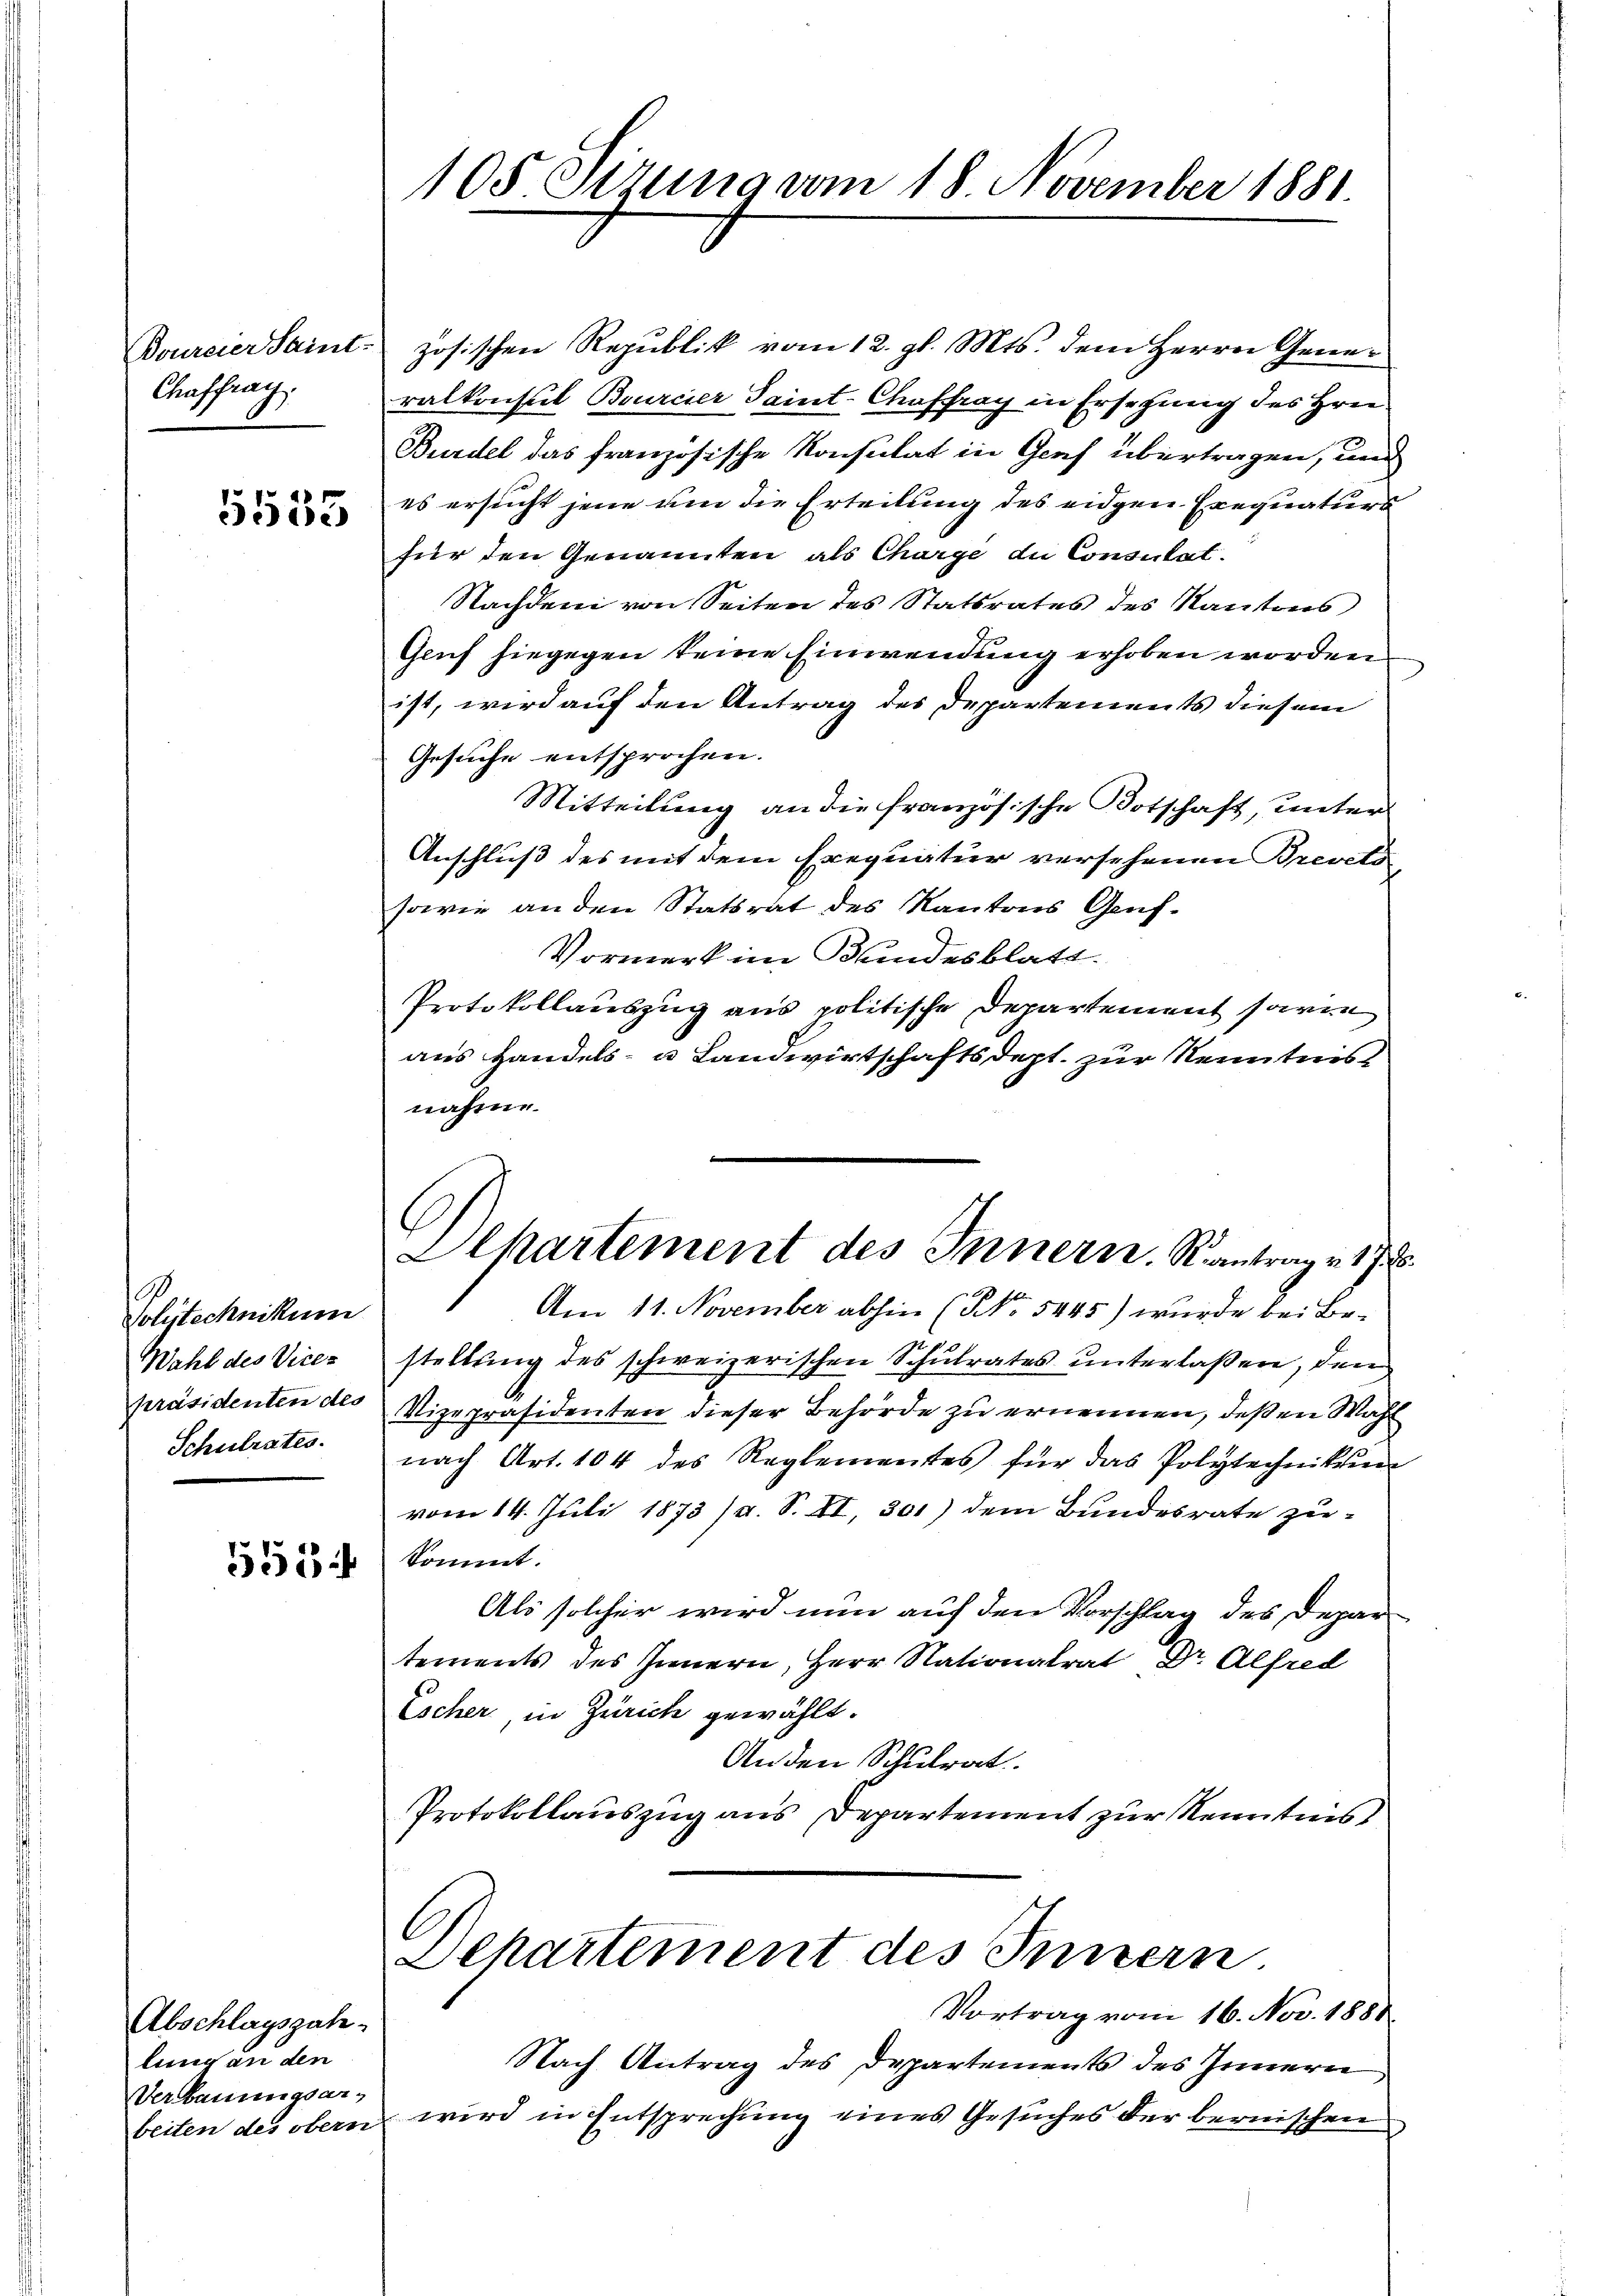
Boureier Saint-
Chaffrag

5553

Polytechnikum
Wahl des Vice-
präsidenten des
Schulrates.

5554

Abschlagszah-
lung an den
Verbauungsar¬

105 Stzung am 18. November 1881.

zösischen Republik vom 12. gl. Mts. dem Herrn Generalkonsul Bourcier Saint-Chaffray in Ersetzung des Hrn.
Burdel das französische Konsulat in Genf übertragen, und
es ersucht jene um die Erteilung des eidgen Exequaturs
für den Genannten als Charge du Consulat.
Nachdem von Seiten des Statsrates des Rautens
Gluf hiegegen keine Einwendung erhoben worden
ist, wird auf den Antrag des Departements diesem
Gesuche entsprochen.
Mitteilung an die französische Botschaft, unter
Anschluß des mit dem Exequatur versehenen Brevets
sowie an den Statsrat des Kantons Genf.
Vormerk im Bundesblatt.
Protokollauszug aus politische Departement sagen
aus Handels- u Landwirtschaftsdept. zur Kenntnis
nahme.
Am 11. November abhin (No 5445) wurde bei Be-
stellung des schweizerischen Schulrates unterlaßen, den
Vizepräsidenten dieser Behörde zu ernennen, deßen Wahl
nach Art. 104 des Reglementes für das Polytechnikum
vom 14. Juli 1873 /d. S. XI, 301) dem Bundesrate zukommt.
Als solcher wird nun auf den Vorschlag des Departements des Innern, Herr Nationalrat Dr. Alfred
Escher, in Zürich gewählt.
Anden Schulrat
Protokollauszug aus Departement zur Kenntnis
Departement des Innern.
Vortrag vom 16. Nov. 1888
Nach Antrag des Departements des Innern
beiten des obern wird in Entsprechung eines Gesuches der bernischen

Alpartement des Innern. Kantrage 17